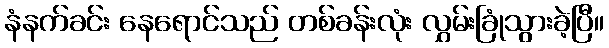
နံနက်ခင်း နေရောင်သည် တစ်ခန်းလုံး လွှမ်းခြုံသွားခဲ့ပြီ။